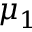
\mu _ { 1 }